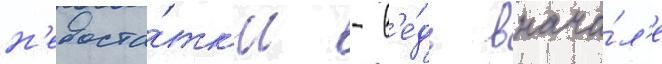
н'едоста́тк'и - в'е́дь внача́л'е